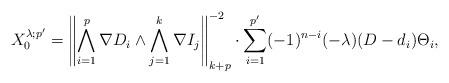
LaTeX: \begin{align*}X_{0}^{\lambda ;p^{\prime}}=\left\| \bigwedge_{i=1}^{p} \nabla D_i\wedge\bigwedge_{j=1}^{k} \nabla I_j \right\|_{k+p}^{-2}\cdot\sum_{i=1}^{p^{\prime}}(-1)^{n-i}(-\lambda) (D- d_i) \Theta_i, \end{align*}